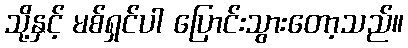
သို့နှင့် မစ်ရှင်ပါ ပြောင်းသွားတော့သည်။